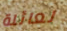
لعائلة